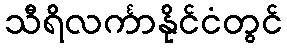
သီရိလင်္ကာနိုင်ငံတွင်